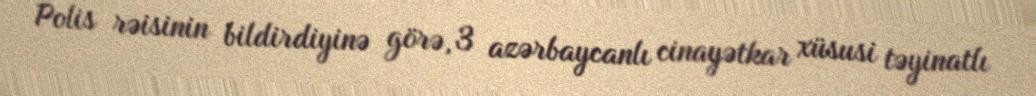
Polis rəisinin bildirdiyinə görə, 3 azərbaycanlı cinayətkar xüsusi təyinatlı